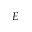
E